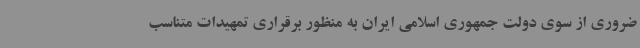
ضروری از سوی دولت جمهوری اسلامی ایران به منظور برقراری تمهیدات متناسب